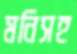
মনিসহ